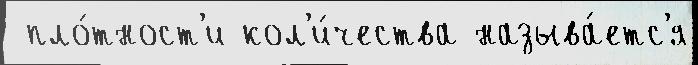
 пло́тност'и кол'и́чества называ́етс'я